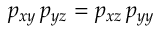
p _ { x y } \, p _ { y z } = p _ { x z } \, p _ { y y }